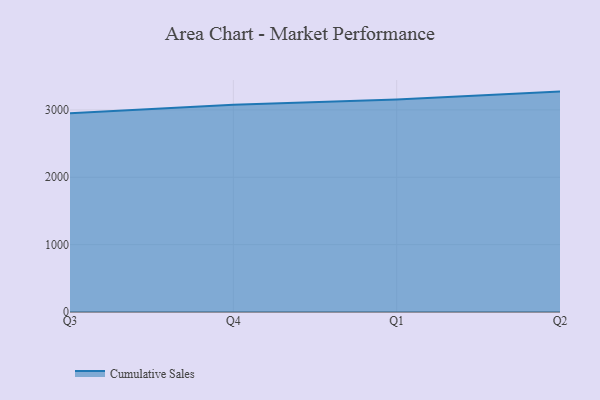
{"axis": {"x": "Quarter", "y": "Customer Acquisition Cost (USD)"}, "legend": ["Cumulative Sales"], "data": [{"x": "Q3", "y": 2950.3, "type": "Cumulative Sales"}, {"x": "Q4", "y": 3078.3, "type": "Cumulative Sales"}, {"x": "Q1", "y": 3156.2, "type": "Cumulative Sales"}, {"x": "Q2", "y": 3271.9, "type": "Cumulative Sales"}]}